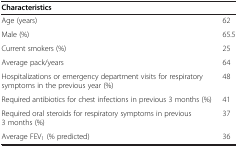
<table><thead><tr><td><b>Characteristics</b></td><td><b> </b></td></tr></thead><tbody><tr><td>Age (years)</td><td>62</td></tr><tr><td>Male (%)</td><td>65.5</td></tr><tr><td>Current smokers (%)</td><td>25</td></tr><tr><td>Average pack/years</td><td>64</td></tr><tr><td>Hospitalizations or emergency department visits for respiratory symptoms in the previous year (%)</td><td>48</td></tr><tr><td>Required antibiotics for chest infections in previous 3 months (%)</td><td>41</td></tr><tr><td>Required oral steroids for respiratory symptoms in previous 3 months (%)</td><td>37</td></tr><tr><td>Average FEV<sub>1</sub> (% predicted)</td><td>36</td></tr></tbody></table>